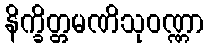
နိက္ခိတ္တမဏိသုဝဏ္ဏာ